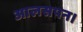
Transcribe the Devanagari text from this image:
आलसपन।